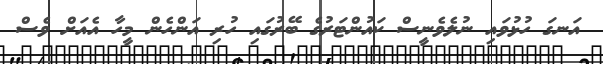
އަނގަ ހުޅުވައި ނުލެވެނީސް ކައުންޓަރުގެ ބޭރުގައި ހުރި އަންހެން މީހާ އެއަށް ވެސް